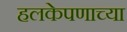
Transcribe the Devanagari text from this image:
हलकेपणाच्या